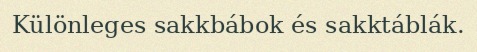
Különleges sakkbábok és sakktáblák.